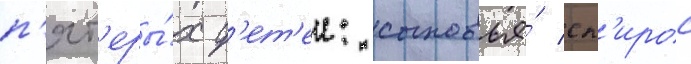
п'ят'еры́х д'ет'еи: сыновья́ сп'ирос